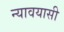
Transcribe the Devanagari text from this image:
न्यावयासी